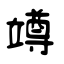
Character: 竴